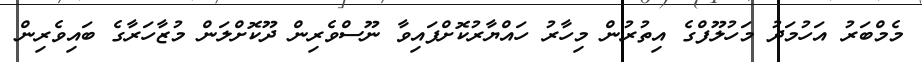
މެމްބަރު އަހުމަދު މަހުލޫފްގެ އިތުރުން މިހާރު ހައްޔާރުކޮށްފައިވާ ނޫސްވެރިން ދޫކޮށްލަން މުޒާހަރާގެ ބައިވެރިން